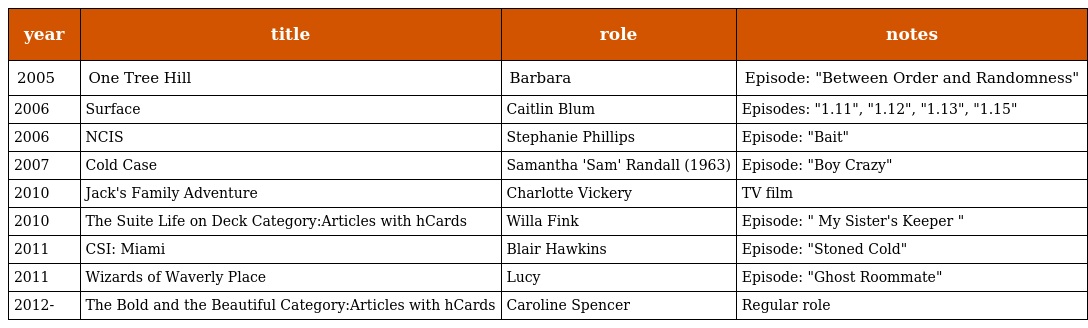
| year | title | role | notes |
 | --- | --- | --- | --- |
 | 2005 | One Tree Hill | Barbara | Episode: "Between Order and Randomness" |
 | 2006 | Surface | Caitlin Blum | Episodes: "1.11", "1.12", "1.13", "1.15" |
 | 2006 | NCIS | Stephanie Phillips | Episode: "Bait" |
 | 2007 | Cold Case | Samantha 'Sam' Randall (1963) | Episode: "Boy Crazy" |
 | 2010 | Jack's Family Adventure | Charlotte Vickery | TV film |
 | 2010 | The Suite Life on Deck Category:Articles with hCards | Willa Fink | Episode: " My Sister's Keeper " |
 | 2011 | CSI: Miami | Blair Hawkins | Episode: "Stoned Cold" |
 | 2011 | Wizards of Waverly Place | Lucy | Episode: "Ghost Roommate" |
 | 2012- | The Bold and the Beautiful Category:Articles with hCards | Caroline Spencer | Regular role |